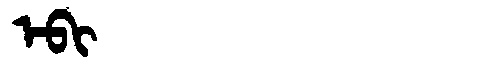
Manchu: ᡝᠪᡳ
Romanization: EBI